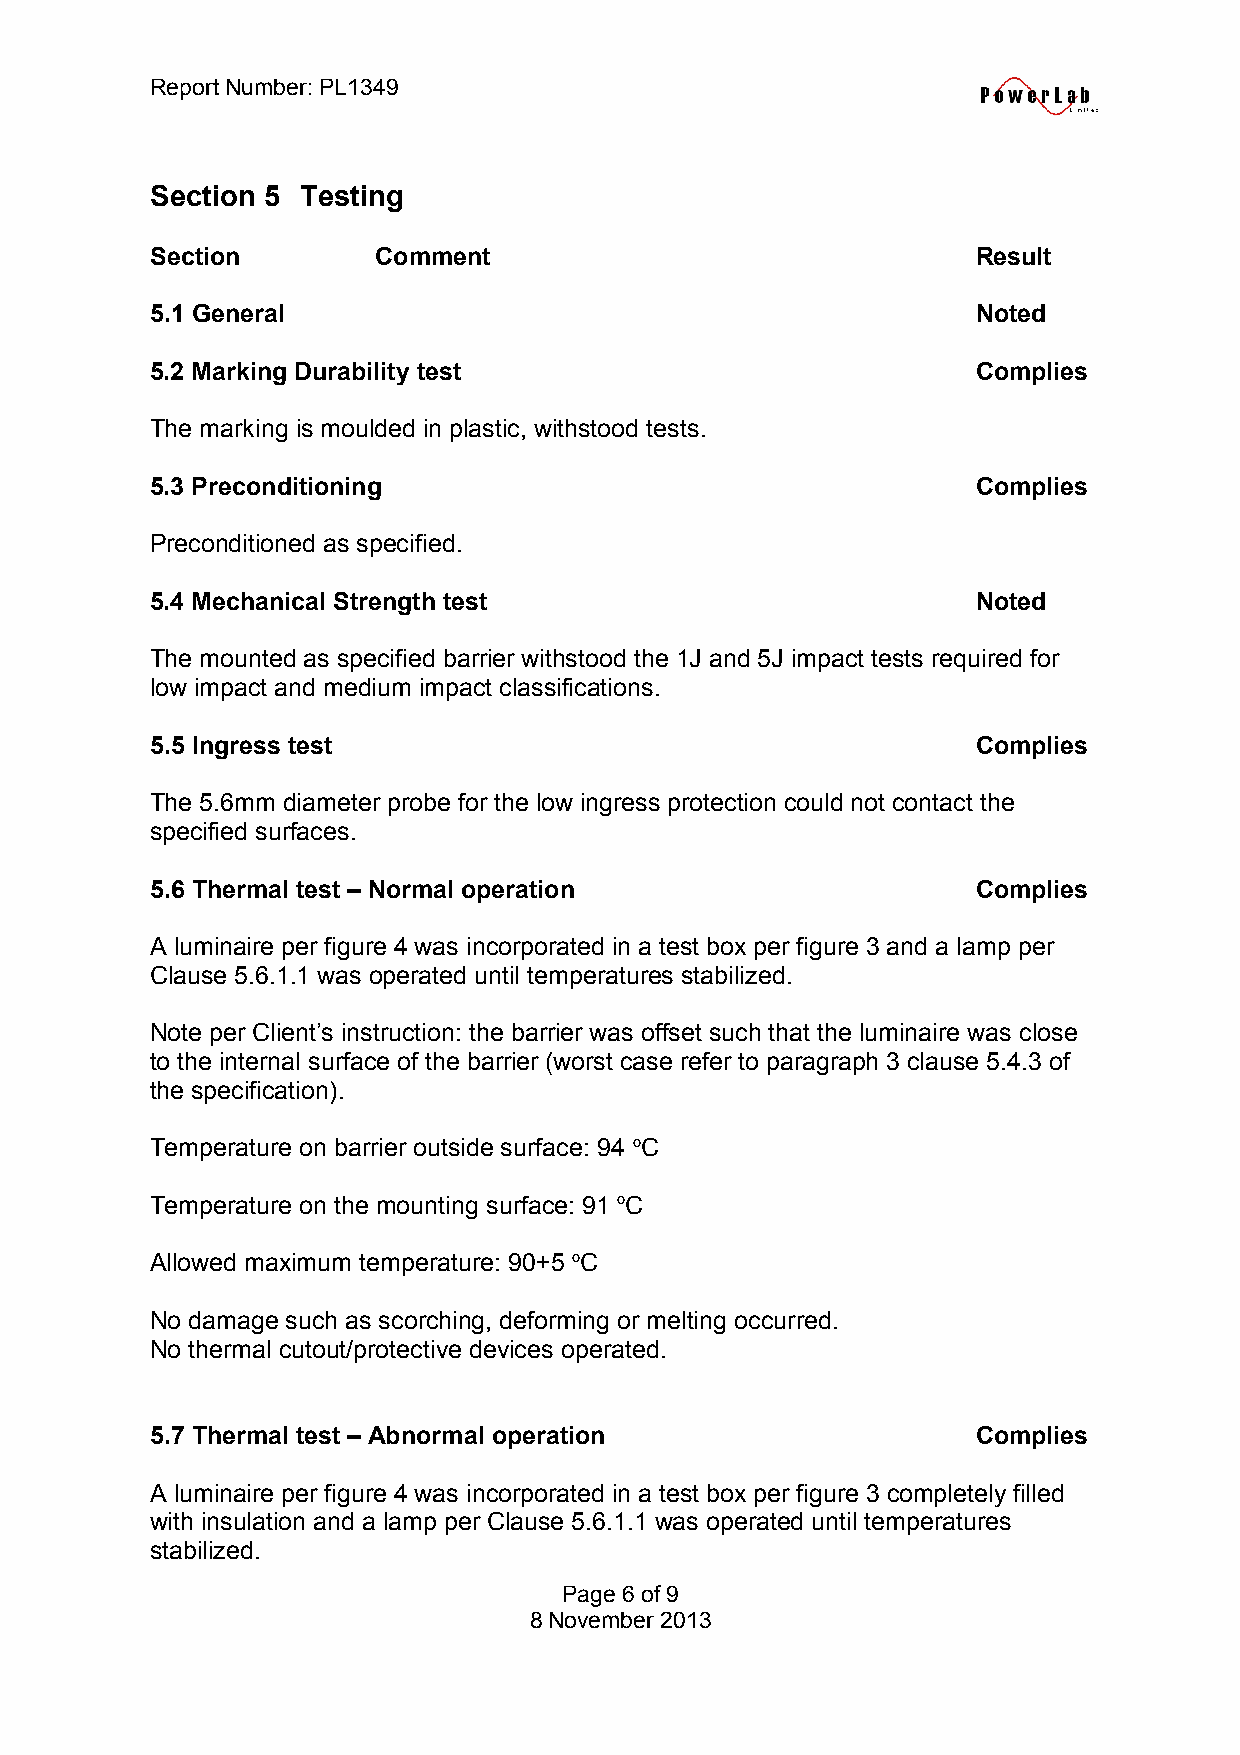
Report Number: PL1349
 Section 5 Testing
 Section        Comment                                 Result
 5.1 General                                            Noted
 5.2 Marking Durability test                            Complies
 The marking is moulded in plastic, withstood tests.
 5.3 Preconditioning                                    Complies
 Preconditioned as specified.
 5.4 Mechanical Strength test                           Noted
 The mounted as specified barrier withstood the 1J and 5J impact tests required for
 low impact and medium impact classifications.
 5.5 Ingress test                                       Complies
 The 5.6mm diameter probe for the low ingress protection could not contact the
 specified surfaces.
 5.6 Thermal test – Normal operation                    Complies
 A luminaire per figure 4 was incorporated in a test box per figure 3 and a lamp per
 Clause 5.6.1.1 was operated until temperatures stabilized.
 Note per Client’s instruction: the barrier was offset such that the luminaire was close
 to the internal surface of the barrier (worst case refer to paragraph 3 clause 5.4.3 of
 the specification).
 Temperature on barrier outside surface: 94 oC
 Temperature on the mounting surface: 91 oC
 Allowed maximum temperature: 90+5 oC
 No damage such as scorching, deforming or melting occurred.
 No thermal cutout/protective devices operated.
 5.7 Thermal test – Abnormal operation                  Complies
 A luminaire per figure 4 was incorporated in a test box per figure 3 completely filled
 with insulation and a lamp per Clause 5.6.1.1 was operated until temperatures
 stabilized.
 Page 6 of 9
 8 November 2013